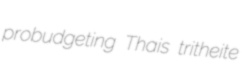
probudgeting Thais tritheite